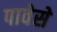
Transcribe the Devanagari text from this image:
पावेसे